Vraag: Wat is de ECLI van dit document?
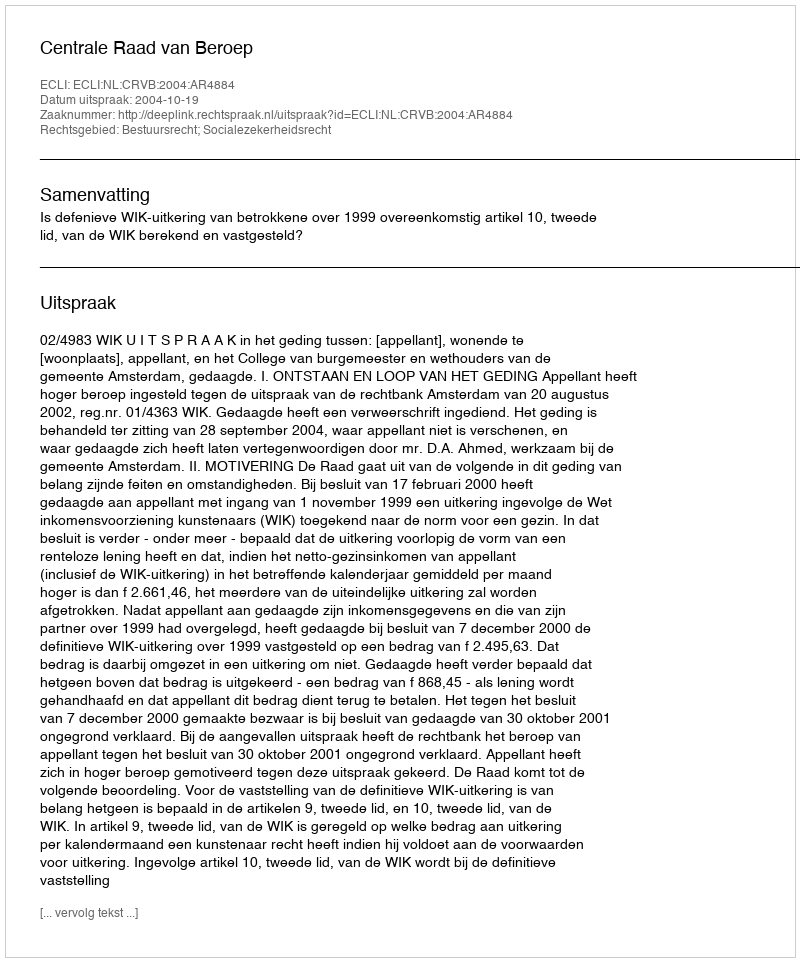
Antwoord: ECLI:NL:CRVB:2004:AR4884